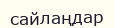
сайлаңдар